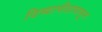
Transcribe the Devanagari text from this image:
दिव्यापीठापासून